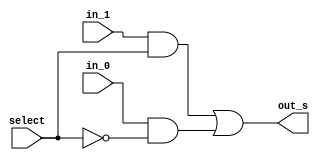
/*
* Aluno: Henrique Augusto Rodrigues
* Arquitetura 1 - Tarde
* Guia_07  Exemplo 0707.
*/
module mux (output out_s, input in_0, in_1, select);

//wires
wire not_select;
wire on_0, on_1;


//portas
not NOT1 (not_select, select);
and AND1 (on_0, in_0, not_select);
and AND2 (on_1, in_1, select);

or OR1 (out_s, on_1, on_0);

endmodule

module AmenorB (output out_s, input in_a0, in_a1, in_b0, in_b1);
//wires
wire not_a1, not_a0, out_and1, out_and2, out_and3;

not NOTa1 (not_a1, in_a1);
not NOTa0 (not_a0, in_a0);

and AND1 (out_and1, not_a1, in_b1);
and AND2 (out_and2, not_a1, not_a0, in_b0);
and AND3 (out_and3, not_a0, in_b1, in_b0);

or OR1(out_s, out_and1, out_and2, out_and3);
endmodule

module AmaiorB (output out_s, input in_a0, in_a1, in_b0, in_b1);
//wires
wire not_b1, not_b0, out_and1, out_and2, out_and3;

not NOTb1 (not_b1, in_b1);
not NOTb0 (not_b0, in_b0);

and AND1 (out_and1, in_a1, not_b1);
and AND2 (out_and2, in_a0, not_b1, not_b0);
and AND3 (out_and3, in_a0, in_a1, not_b0);

or OR1(out_s, out_and1, out_and2, out_and3);
endmodule


module Exemplo0707;

//definicoes

reg[1:0] a, b;
reg select;
wire menor_out, maior_out, s;

AmenorB MENOR1 (menor_out, a[0], a[1], b[0], b[1]);
AmaiorB MAIOR1 (maior_out, a[0], a[1], b[0], b[1]);

mux MUX (s, menor_out, maior_out, select);


initial
begin: main
$display ("Exemplo_0707");
$display ("675263 - Henrique Augusto Rodrigues");
$display (" a   b   select    S");

a=0; b=0; select=0;

//monitor
#1 $monitor(" %b  %b     %b      %b ", a, b, select, s);

#1 a=0; b=1; select=0;
#1 a=0; b=2; select=0;
#1 a=0; b=3; select=0;
#1 a=1; b=0; select=0;
#1 a=1; b=1; select=0;
#1 a=1; b=2; select=0;
#1 a=1; b=3; select=0;
#1 a=2; b=0; select=0;
#1 a=2; b=1; select=0;
#1 a=2; b=2; select=0;
#1 a=2; b=3; select=0;
#1 a=3; b=0; select=0;
#1 a=3; b=1; select=0;
#1 a=3; b=2; select=0;
#1 a=3; b=3; select=0;

#1 a=0; b=0; select=1;$display("");
#1 a=0; b=1; select=1;
#1 a=0; b=2; select=1;
#1 a=0; b=3; select=1;
#1 a=1; b=0; select=1;
#1 a=1; b=1; select=1;
#1 a=1; b=2; select=1;
#1 a=1; b=3; select=1;
#1 a=2; b=0; select=1;
#1 a=2; b=1; select=1;
#1 a=2; b=2; select=1;
#1 a=2; b=3; select=1;
#1 a=3; b=0; select=1;
#1 a=3; b=1; select=1;
#1 a=3; b=2; select=1;
#1 a=3; b=3; select=1;


end
endmodule